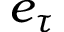
e _ { \tau }